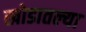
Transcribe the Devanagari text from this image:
खोडातल्या